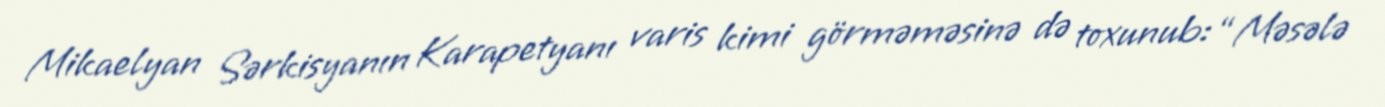
Mikaelyan Sərkisyanın Karapetyanı varis kimi görməməsinə də toxunub: “Məsələ